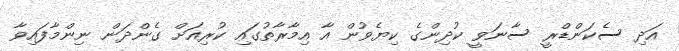
އަދި ސެކަންޑްރީ ސާނަވީ ކުދިންގެ ކިޔެވުން އާ އިމާރާތުގައި ކުރިއަށް ގެންދަން ނިންމާފައިވާ